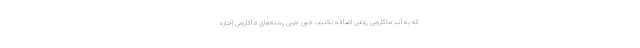
که به آب ماکارونی روغن اضافه نکنید، چون چربی رشته‌های ماکارونی اجازه